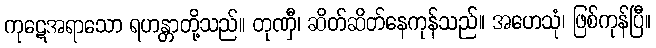
ကုဋေအရာသော ရဟန္တာတို့သည်။ တုဏှီ၊ ဆိတ်ဆိတ်နေကုန်သည်။ အဟေသုံ၊ ဖြစ်ကုန်ပြီ။